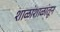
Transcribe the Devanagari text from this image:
शाळांशाळांतून